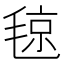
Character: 𣮘